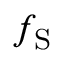
f _ { \mathrm { S } }